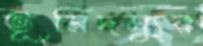
ভূমিদস্যুর